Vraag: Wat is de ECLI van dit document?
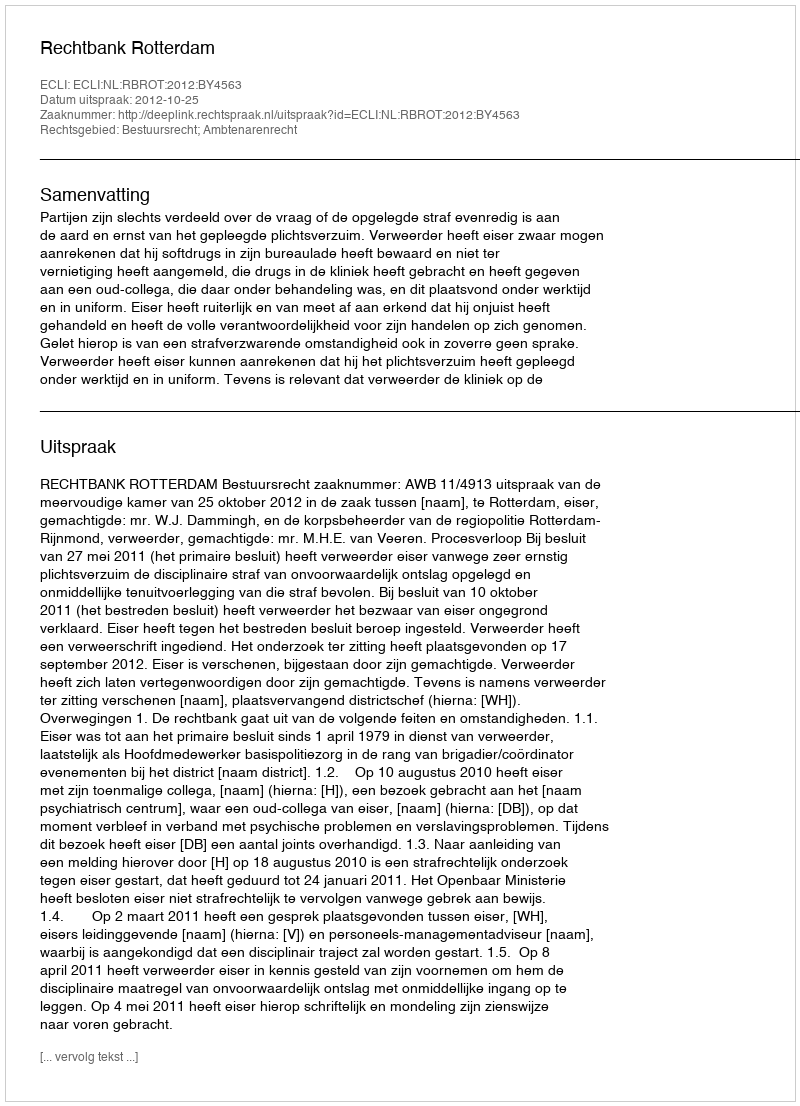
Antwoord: ECLI:NL:RBROT:2012:BY4563